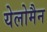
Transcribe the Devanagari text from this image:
येलोमैन